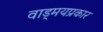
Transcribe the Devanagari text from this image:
वाड्मयप्रकार